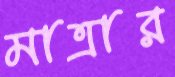
মাত্রার